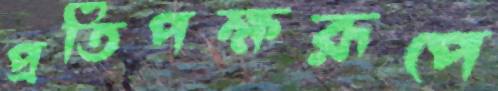
প্রতিপক্ষরূপে